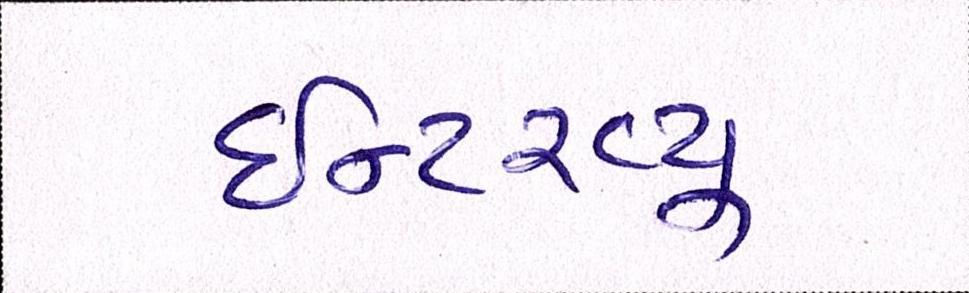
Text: ઈન્ટરવ્યૂ